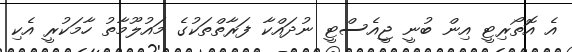
އެ އޮތޯރިޓީ އިން ބުނީ ޖީއެސްޓީ ނުދައްކާ ފަރާތްތަކުގެ މައުލޫމާތު ހާމަކުރީ އެކި